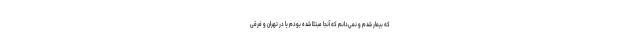
که بیمار شدم و نمی‌دانم که آنجا مبتلا شده بودم یا در تهران و فرقی